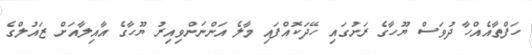
ހަފްތާއެއްހާ ދުވަސް ޔޫހާގެ ރަށުގައި ހޭދަކޮއްފައި މާލެ އަންނަންވިއިރު ޔޫހާގެ އާއިލާއަށް ޒައުލްގެ